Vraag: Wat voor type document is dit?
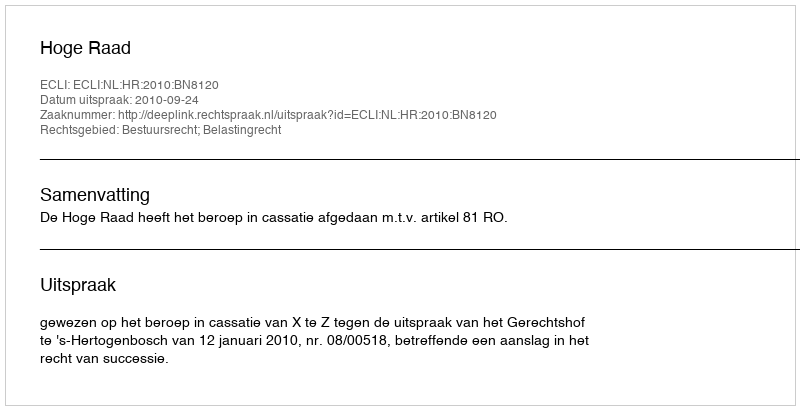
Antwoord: Uitspraak